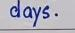
days.